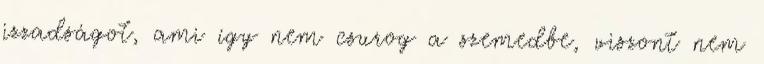
izzadságot, ami így nem csurog a szemedbe, viszont nem